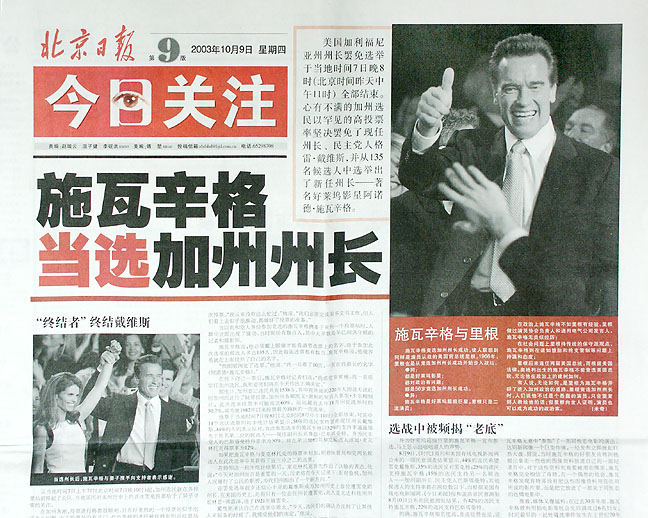
Language: zh